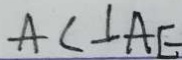
A C \bot A E